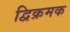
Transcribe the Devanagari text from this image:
द्विक्रमक